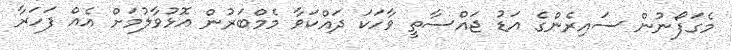
މެގަފޯނުން ސައިރެންގެ އަޑު ޖައްސާތީ ވާހަކަ ދައްކަވާ މެމްބަރުން އޮޅުވާލުމަށް އެއް ފަހަރާ